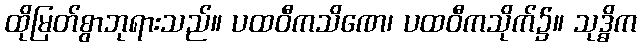
ထိုမြတ်စွာဘုရားသည်။ ပထဝီကသိဏေ၊ ပထဝီကသိုက်၌။ သုဒ္ဓိက